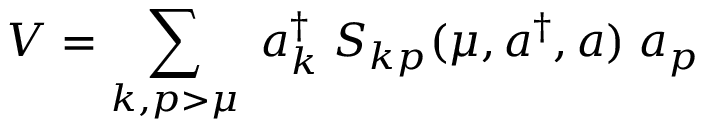
V = \sum _ { k , p > \mu } \; a _ { k } ^ { \dagger } \; S _ { k p } ( \mu , a ^ { \dagger } , a ) \; a _ { p }